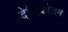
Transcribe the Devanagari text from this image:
देशिकोत्तम